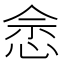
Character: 𢚒